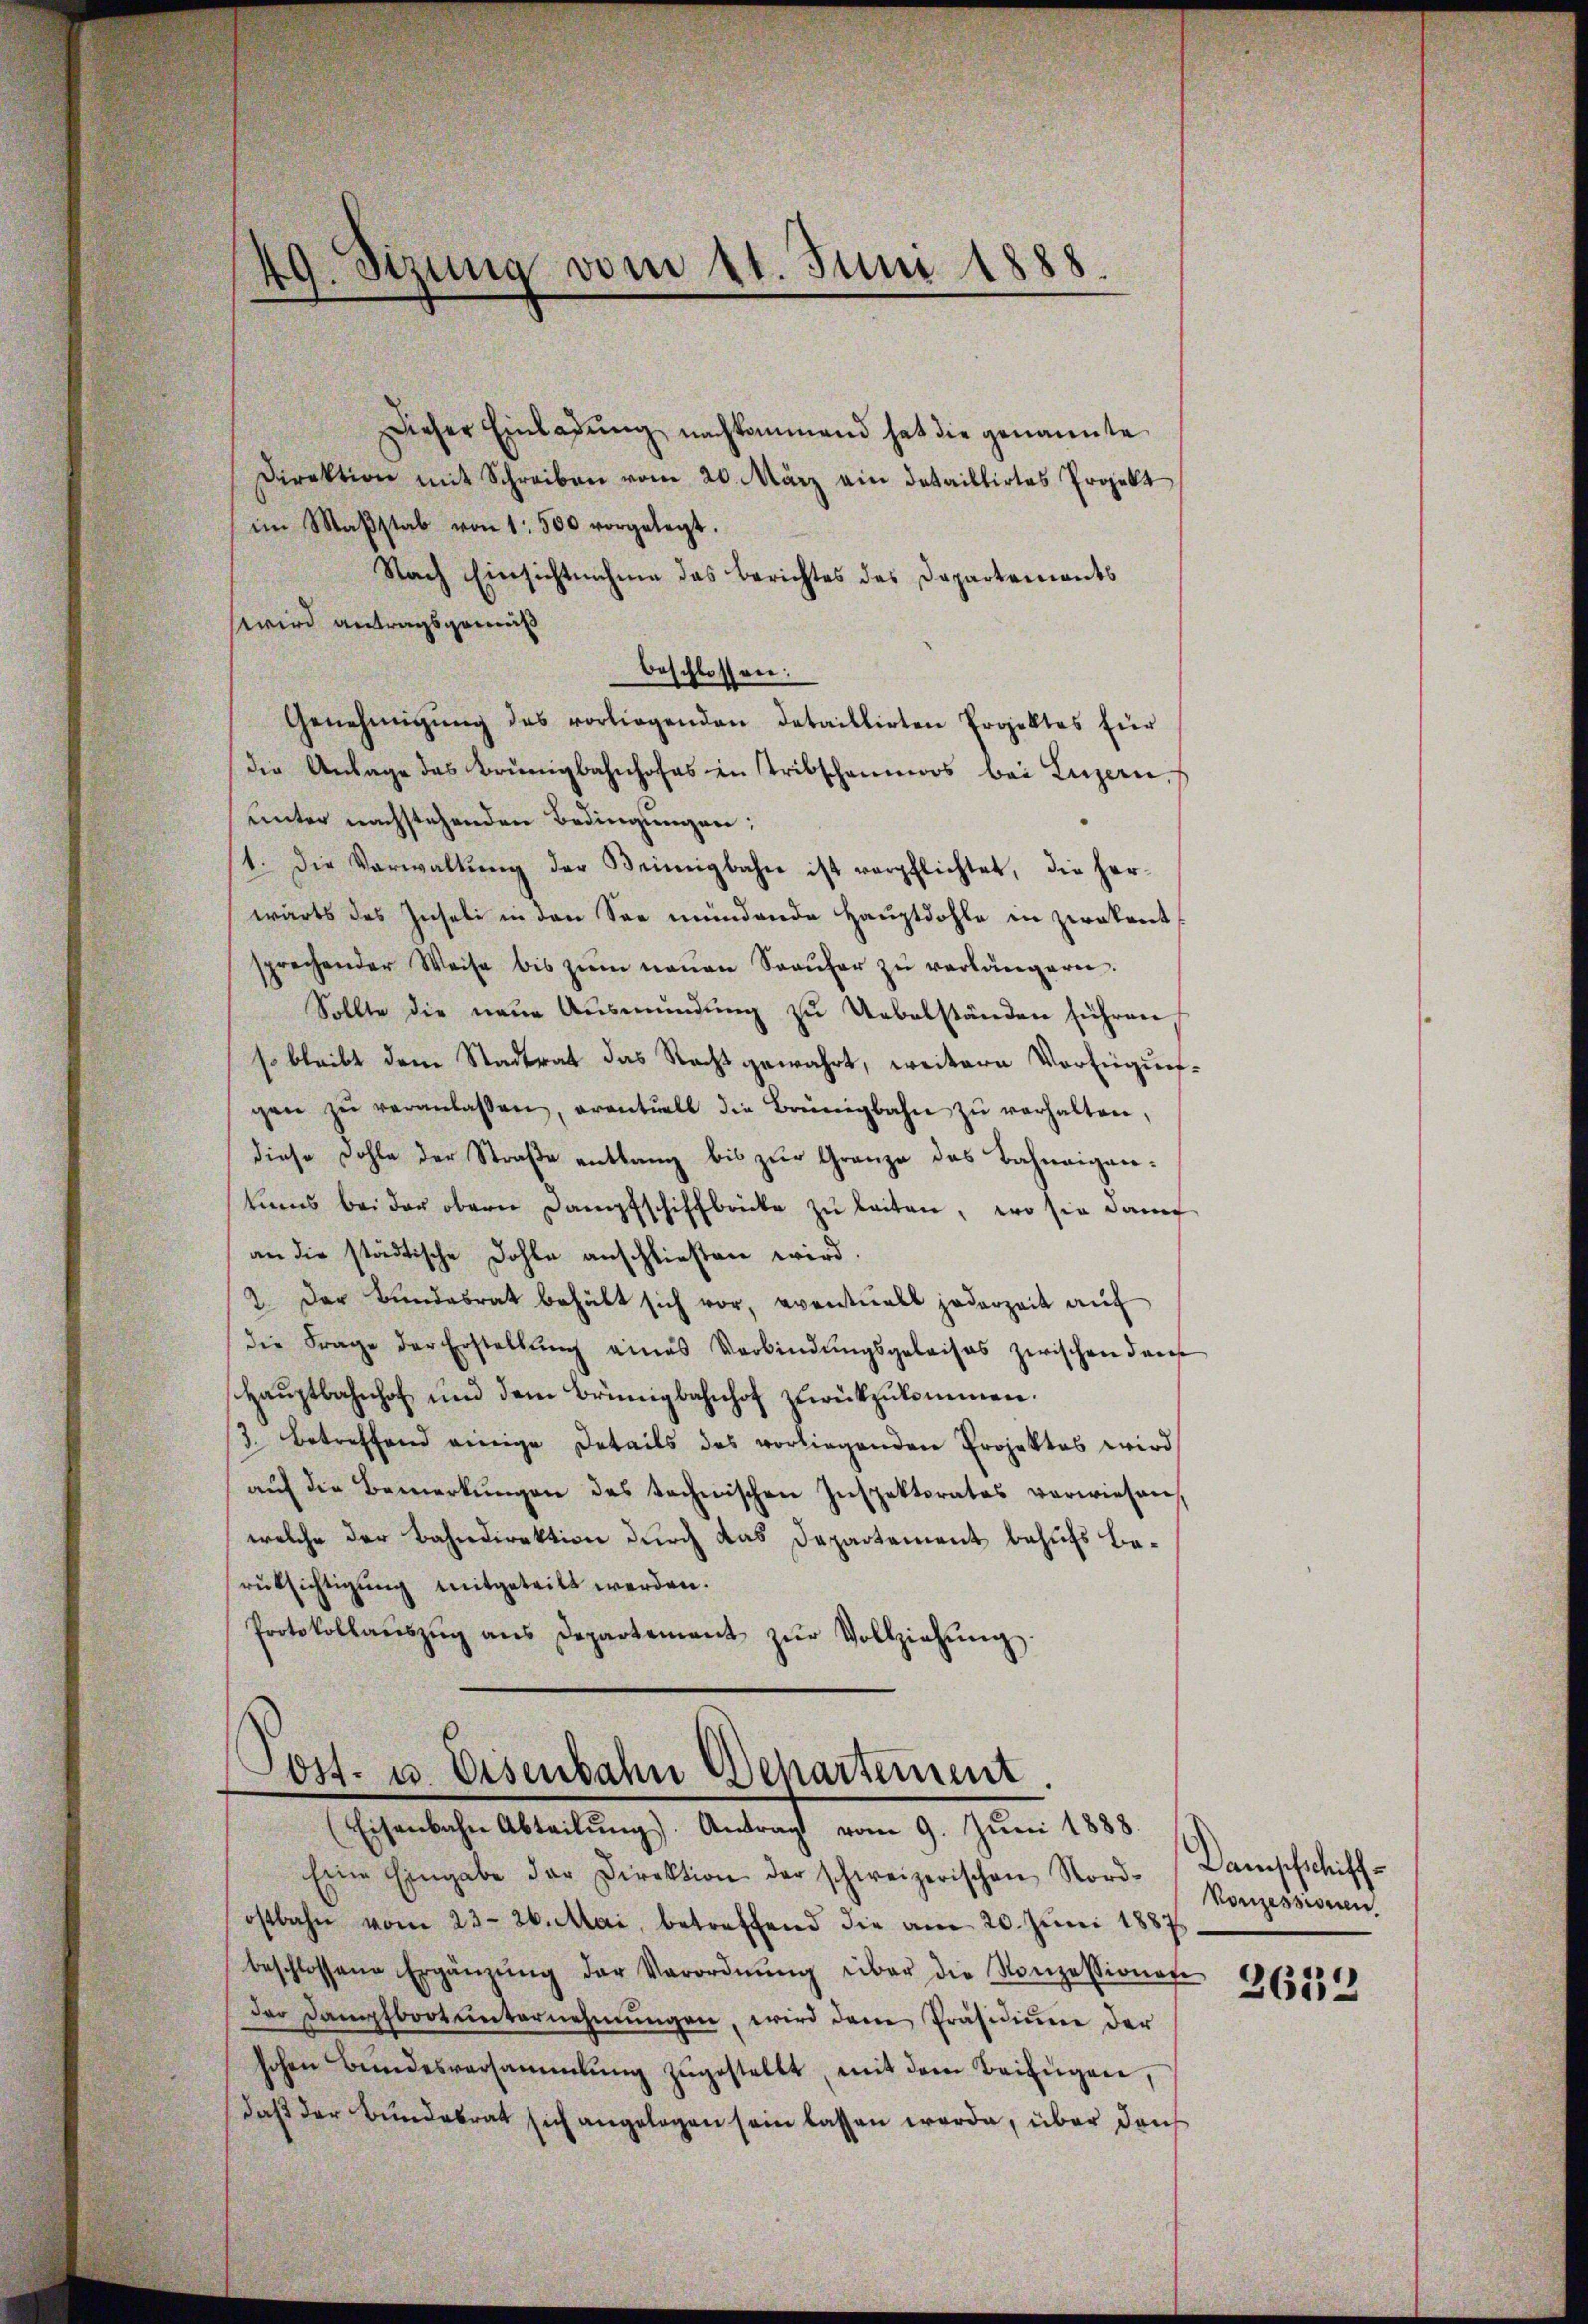
Dieser Einladung nachkommend hat die genannte
Direktion mit Schreiben vom 20. März ein dataillirtes Projekt
im Maβstab von 1 500 vorgelegt.
Nach Einsichtnahme das Berichtes des Departements
wird antragsgemeß
beschlossen:
Genehmigŭng des vorliegenden detaillirten Projektes für
die Anlage das Brünigbahnhofes in Tribschenmoos bei Luzern,
unter nachstehenden Bedingungen;
1. Die Verwaltŭng der Weinigbahn ist verpflichtet, die her-
wärts des Inseli in den See mündende Hauptdohle in zwekentsprechender Weise bis zŭm neŭen Saaŭfer zŭ verlängern.
Sollte die neŭe Aŭsmündŭng zŭ Uebelständen führen
s bleibt dem Stadtrat das Recht gewahrt, weitere Verfügŭng.
gen zŭ veranlassen, eventuell die Brünigbahn zŭ verhalten,
diese Dohle der Straβe entlang bis zŭr Granze des Bahnaigen-
kums bei der obern Dampfschiffbrücke zŭ leiten, wo sie dann
an die städtische Dohle anschließen wird.
2. Der Bundesrat behält sich vor, eventuell jederzeit auf
die Frage der Erstellŭng eines Verbindŭngsgeleises zwischen darf
Haŭptbahnhof und dem Brünigbahnhof zŭrückzŭkommen.
3. betreffend einige Details des vorliegenden Projektes wird
aŭf die Bemerkŭngen des technischen Inspektorates verwiesen,
welche der Bahndirektion durch das Departement behufs Berüksichtigung mitgeteilt werden.
Protokollaŭszŭg ans Departement zŭr Vollziehŭng.

49. Sizung vom 11. Juni 1888.

Post- u. Eisenbahn Departement
(Eisenbahn Abteilŭng). Antrag vom 9. Jŭni 1888.

Eine Eingabe der Direktion der schweizerischen Nord-
ostbahn vom 23. 26. Mai, betreffend die am 20. Juni 1887
beschlossene Ergänzŭng der Verordnŭng über die Konzessionen
der Dampfboot ŭnternehmungen, wird dem Präsidiŭm der
schen Bundesversammlung zŭgestellt, mit dem Beifügen,
daß der Bundesrat sich angelegen sein lassen werde, über deich

Dampfschiffh
Vonzessionen.
2633